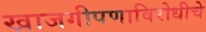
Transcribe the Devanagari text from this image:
खाजगीपणाविरोधीचे